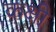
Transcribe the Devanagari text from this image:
कक्षी